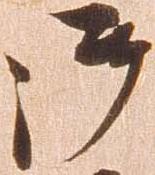
御